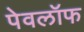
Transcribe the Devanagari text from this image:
पेवलॉफ